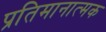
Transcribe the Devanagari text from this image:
प्रतिमानात्मक